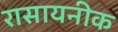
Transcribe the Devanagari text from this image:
रासायनीक